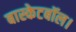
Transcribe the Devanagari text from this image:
बास्केटबॉल।